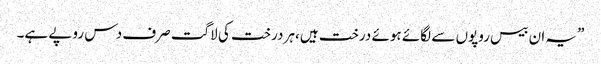
”یہ ان بیس روپوں سے لگائے ہوئے درخت ہیں،ہر درخت کی لاگت صرف دس روپے ہے۔